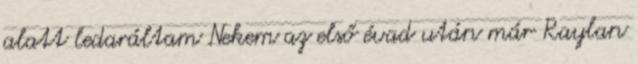
alatt ledaráltam Nekem az első évad után már Raylan